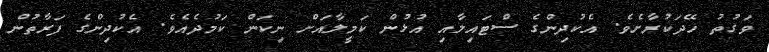
ވަގުތު ހޭދަކުރާށެވެ. އެކުދިންގެ ސްޓައިލާއި އުޅުން ކަމީލާއަށް ނިކަން ކަމުދެއެވެ. އެކުދިންގެ ފަރާތުން